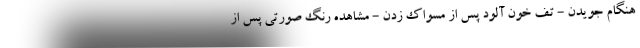
هنگام جویدن - تف خون آلود پس از مسواک زدن - مشاهده رنگ صورتی پس از